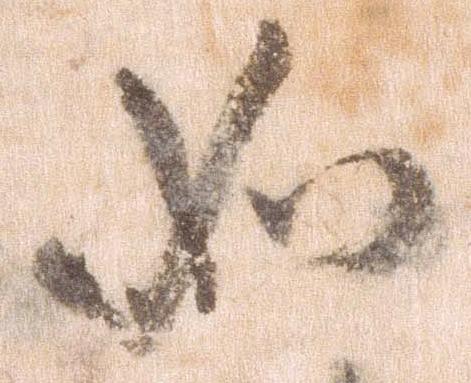
如